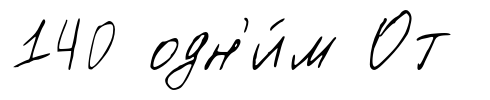
140 одн'и́м От